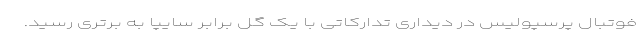
فوتبال پرسپولیس در دیداری تدارکاتی با یک گل برابر سایپا به برتری رسید.